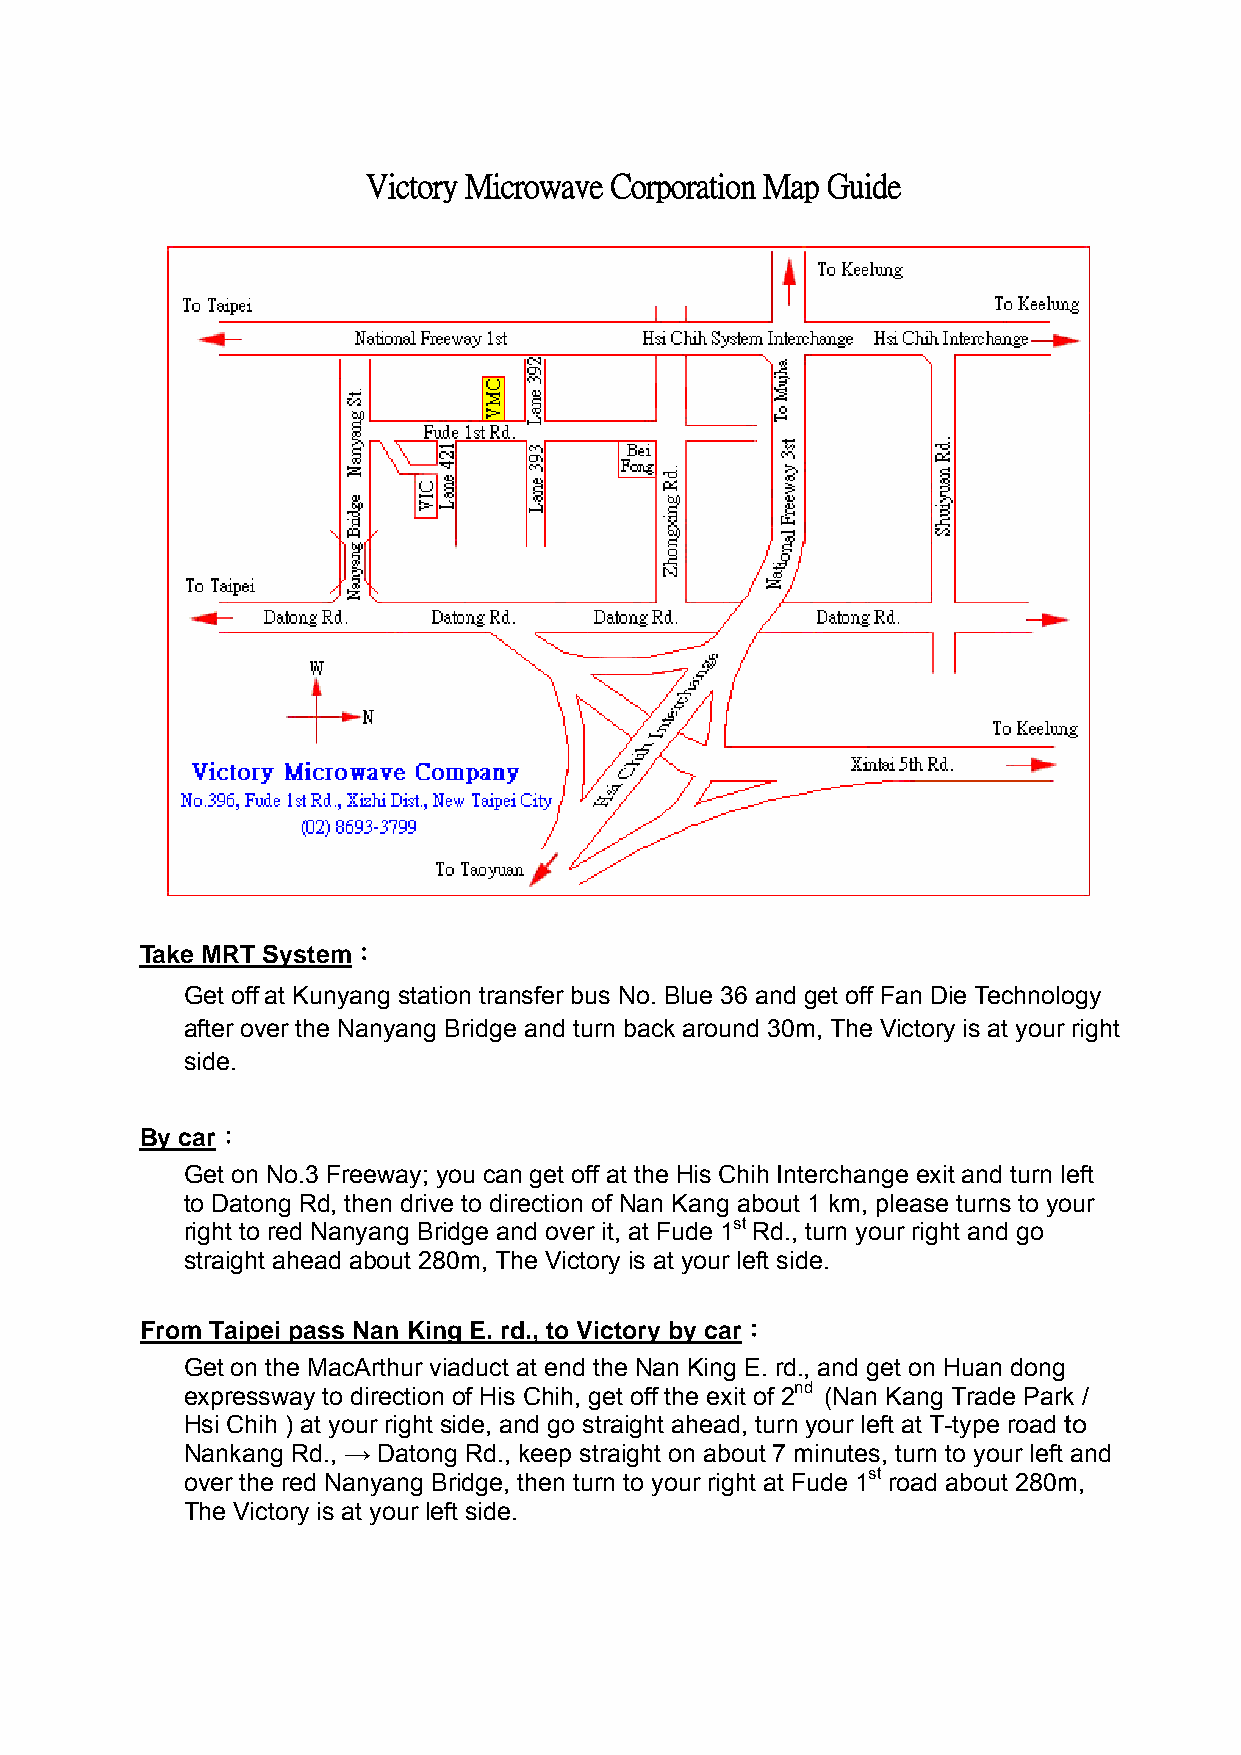
Victory Microwave Corporation Map Guide
 Take MRT System：
 Get off at Kunyang station transfer bus No. Blue 36 and get off Fan Die Technology
 after over the Nanyang Bridge and turn back around 30m, The Victory is at your right
 side.
 By car：
 Get on No.3 Freeway; you can get off at the His Chih Interchange exit and turn left
 to Datong Rd, then drive to direction of Nan Kang about 1 km, please turns to your
 right to red Nanyang Bridge and over it, at Fude 1st Rd., turn your right and go
 straight ahead about 280m, The Victory is at your left side.
 From Taipei pass Nan King E. rd., to Victory by car：
 Get on the MacArthur viaduct at end the Nan King E. rd., and get on Huan dong
 expressway to direction of His Chih, get off the exit of 2nd (Nan Kang Trade Park /
 Hsi Chih ) at your right side, and go straight ahead, turn your left at T-type road to
 Nankang Rd., → Datong Rd., keep straight on about 7 minutes, turn to your left and
 over the red Nanyang Bridge, then turn to your right at Fude 1st road about 280m,
 The Victory is at your left side.